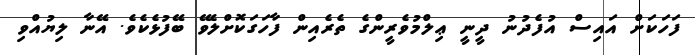
ފަހަކަށް އައިސް އުފެދުނު ދީނީ ޢިލްމުވެރީންގެ ތެރެއިން ފާހަގަކޮށްލެވޭ ބޭފުޅެކެވެ. އޭނާ ލިޔުއްވި